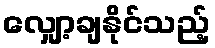
လျှော့ချနိုင်သည့်